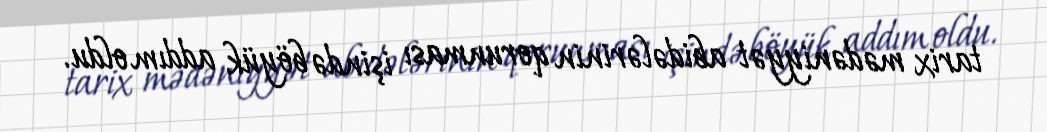
tarix mədəniyyət abidələrinin qorunması işində böyük addım oldu.